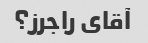
آقای راجرز؟